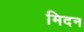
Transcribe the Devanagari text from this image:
मिदन